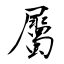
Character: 屬